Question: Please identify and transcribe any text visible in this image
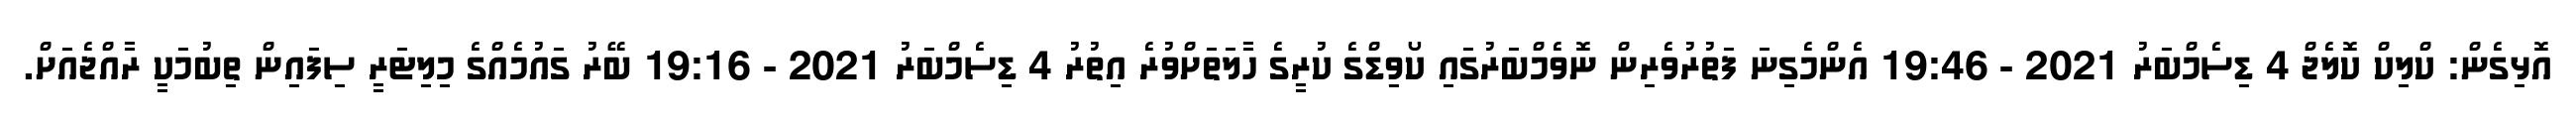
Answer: އޮޅިގެން: ކްލިކް ކޮލެޖް 4 ޑިސެމްބަރު 2021 - 19:46 އެންމެގިނަ ފަތުރުވެރިން ނޮވެމްބަރުގައި ކޯވިޑްގެ ކުރީގެ ހާލަތަށްވުރެ އިތުރު 4 ޑިސެމްބަރު 2021 - 19:16 ބޭރު ގައުމެއްގެ މިލިޓަރީ ސިފައިން ތިބުމަކީ ރާއްޖެއަށް.